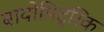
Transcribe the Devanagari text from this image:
बायोमिट्रिक